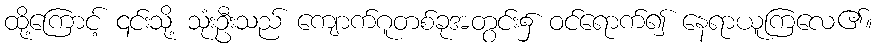
ထို့ကြောင့် ၎င်းသို့ သုံးဦးသည် ကျောက်ဂူတစ်ခုအတွင်း၌ ဝင်ရောက်၍ နေရာယူကြလေ၏။